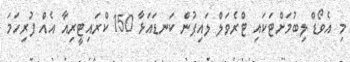
މި އެވޯޑް ލިބުމަށްޓަކައި ޓްރެވަލް ލައިފުން ކަނޑައަޅާ 150 ކްރައިޓީރިއާ އެއް ފުރިހަމަ